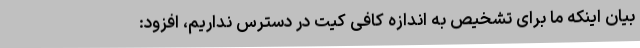
بیان اینکه ما برای تشخیص به اندازه کافی کیت در دسترس نداریم، افزود: